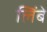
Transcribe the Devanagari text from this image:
लिंबे